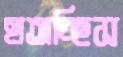
হাতাচ্ছিস